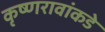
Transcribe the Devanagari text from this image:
कृष्णरावांकडे